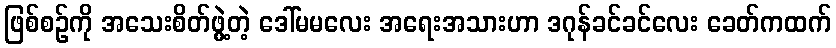
ဖြစ်စဉ်ကို အသေးစိတ်ဖွဲ့တဲ့ ဒေါ်မမလေး အရေးအသားဟာ ဒဂုန်ခင်ခင်လေး ခေတ်ကထက်